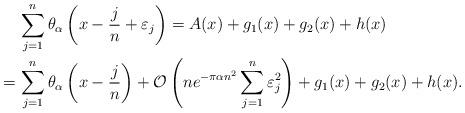
LaTeX: \begin{align*} & \, \sum_{j=1}^{n} \theta_\alpha \left(x - \frac{j}{n} + \varepsilon_j \right) = A(x)+g_1(x) + g_2(x) + h(x)\\ = & \, \sum_{j=1}^{n} \theta_\alpha \left(x - \frac{j}{n} \right) + \mathcal{O}\left(n e^{-\pi \alpha n^2} \sum_{j=1}^{n} \varepsilon_j^2\right) + g_1(x) + g_2(x) + h(x).\end{align*}